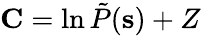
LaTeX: \mathbf{C}=\ln\tilde{P}(\mathbf{s})+Z